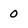
Character: 0